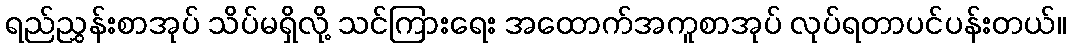
ရည်ညွှန်းစာအုပ် သိပ်မရှိလို့ သင်ကြားရေး အထောက်အကူစာအုပ် လုပ်ရတာပင်ပန်းတယ်။